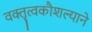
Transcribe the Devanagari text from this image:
वक्तृत्वकौशल्याने